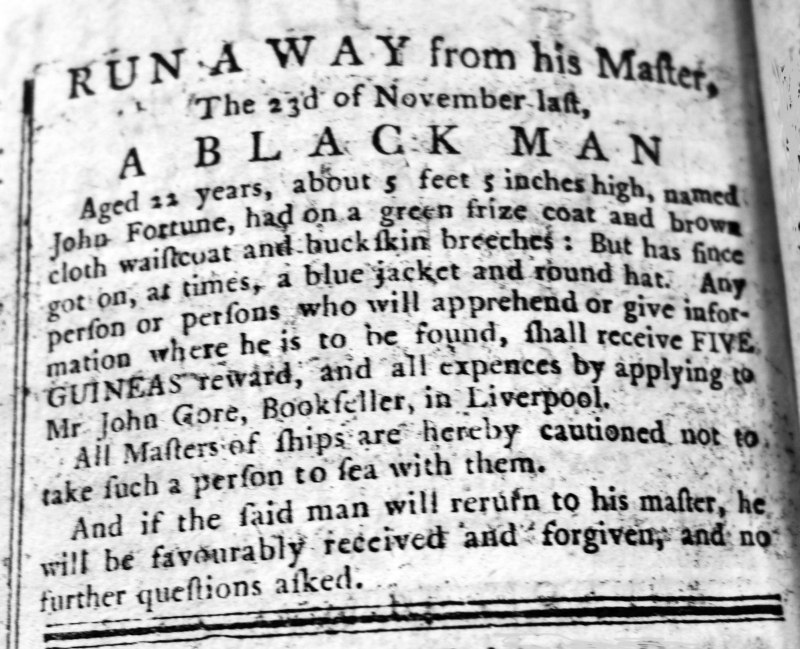
Liverpool General Advertiser, or the Commercial Register, 21 December 1770 (England)
RUN AWAY from his Master,  The 23d of November last,A BLACK MAN  Aged 22 years, about 5 feet 5 inches high, named John Fortune, had on a green frize coat and brown cloth waistcoat and buck skin breeches: But has since got on, at times, a blue jacket and round hat. Any person or persons who will apprehend or give information where he is to be found, shall receive FIVE GUINEAS reward, and all expences by applying to Mr. John Gore, Bookseller, in Liverpool.  All Masters of ships are hereby cautioned not to take such a person to sea with them.  And if the said man will return to his master, he will be favourably received and forgiven, and no further questions asked.